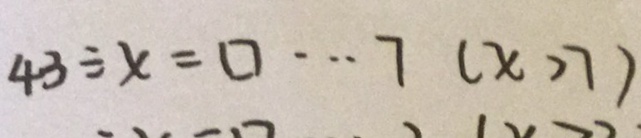
4 3 \div x = \square \cdots 7 ( x > 7 )